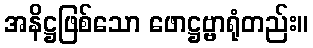
အနိဋ္ဌဖြစ်သော ဖောဋ္ဌဗ္ဗာရုံတည်း။